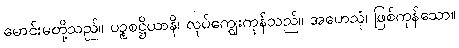
မောင်းမတို့သည်။ ပဉ္စစဋ္ဌိယာနိ၊ လုပ်ကျွေးကုန်သည်။ အဟေသုံ၊ ဖြစ်ကုန်သော။